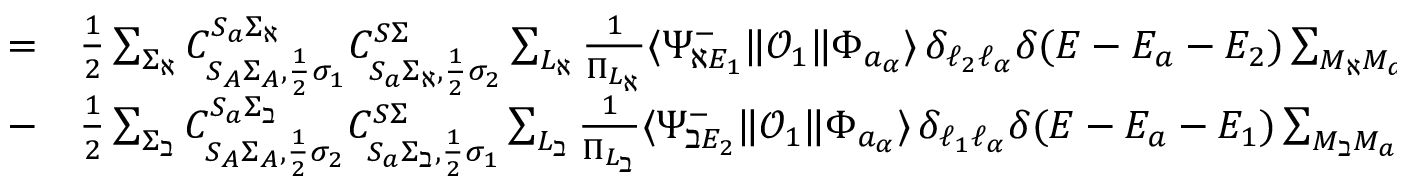
\begin{array} { r l } { = } & { { } \frac { 1 } { 2 } \sum _ { \Sigma _ { \aleph } } C _ { S _ { A } \Sigma _ { A } , \frac { 1 } { 2 } \sigma _ { 1 } } ^ { S _ { a } \Sigma _ { \aleph } } C _ { S _ { a } \Sigma _ { \aleph } , \frac { 1 } { 2 } \sigma _ { 2 } } ^ { S \Sigma } \sum _ { L _ { \aleph } } \frac { 1 } { \Pi _ { L _ { \aleph } } } \langle \Psi _ { \aleph E _ { 1 } } ^ { - } \| \mathcal { O } _ { 1 } \| \Phi _ { a _ { \alpha } } \rangle \, \delta _ { \ell _ { 2 } \ell _ { \alpha } } \delta ( E - E _ { a } - E _ { 2 } ) \sum _ { M _ { \aleph } M _ { a } } C _ { L _ { A } M _ { A } , \ell _ { 1 } m _ { 1 } } ^ { L _ { \aleph } M _ { \aleph } } C _ { L _ { a } M _ { a } , \ell _ { 2 } m _ { 2 } } ^ { L M } C _ { L _ { a } M _ { a } , 1 \nu } ^ { L _ { \aleph } M _ { \aleph } } - } \\ { - } & { { } \frac { 1 } { 2 } \sum _ { \Sigma _ { \beth } } C _ { S _ { A } \Sigma _ { A } , \frac { 1 } { 2 } \sigma _ { 2 } } ^ { S _ { a } \Sigma _ { \beth } } C _ { S _ { a } \Sigma _ { \beth } , \frac { 1 } { 2 } \sigma _ { 1 } } ^ { S \Sigma } \sum _ { L _ { \beth } } \frac { 1 } { \Pi _ { L _ { \beth } } } \langle \Psi _ { \beth E _ { 2 } } ^ { - } \| \mathcal { O } _ { 1 } \| \Phi _ { a _ { \alpha } } \rangle \, \delta _ { \ell _ { 1 } \ell _ { \alpha } } \delta ( E - E _ { a } - E _ { 1 } ) \sum _ { M _ { \beth } M _ { a } } C _ { L _ { A } M _ { A } , \ell _ { 2 } m _ { 2 } } ^ { L _ { \beth } M _ { \beth } } C _ { L _ { a } M _ { a } , \ell _ { 1 } m _ { 1 } } ^ { L M } C _ { L _ { a } M _ { a } , 1 \nu } ^ { L _ { \beth } M _ { \beth } } } \end{array}